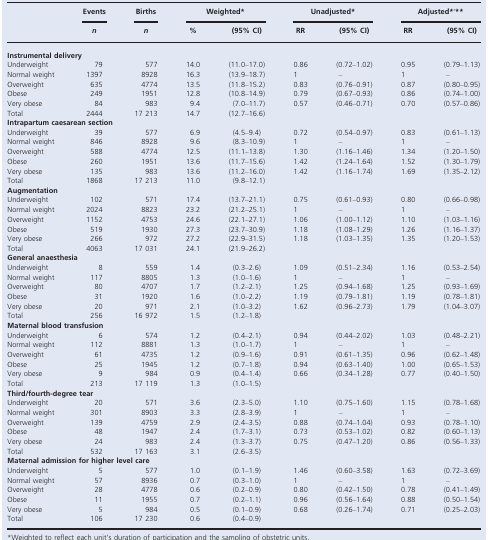
<table><thead><tr><td></td><td><b>Events</b></td><td><b>Births</b></td><td colspan="2"><b>Weighted*</b></td><td colspan="2"><b>Unadjusted*</b></td><td colspan="2"><b>Adjusted*,**</b></td></tr><tr><td></td><td><b><i>n</i></b></td><td><b><i>n</i></b></td><td><b>%</b></td><td><b>(95% CI)</b></td><td><b>RR</b></td><td><b>(95% CI)</b></td><td><b>RR</b></td><td><b>(95% CI)</b></td></tr></thead><tbody><tr><td colspan="9"><b>Instrumental delivery</b></td></tr><tr><td>Underweight</td><td>79</td><td>577</td><td>14.0</td><td>(11.0–17.0)</td><td>0.86</td><td>(0.72–1.02)</td><td>0.95</td><td>(0.79–1.13)</td></tr><tr><td>Normal weight</td><td>1397</td><td>8928</td><td>16.3</td><td>(13.9–18.7)</td><td>1</td><td>–</td><td>1</td><td>–</td></tr><tr><td>Overweight</td><td>635</td><td>4774</td><td>13.5</td><td>(11.8–15.2)</td><td>0.83</td><td>(0.76–0.91)</td><td>0.87</td><td>(0.80–0.95)</td></tr><tr><td>Obese</td><td>249</td><td>1951</td><td>12.8</td><td>(10.8–14.9)</td><td>0.79</td><td>(0.67–0.93)</td><td>0.86</td><td>(0.74–1.00)</td></tr><tr><td>Very obese</td><td>84</td><td>983</td><td>9.4</td><td>(7.0–11.7)</td><td>0.57</td><td>(0.46–0.71)</td><td>0.70</td><td>(0.57–0.86)</td></tr><tr><td>Total</td><td>2444</td><td>17 213</td><td>14.7</td><td>(12.7–16.6)</td><td></td><td></td><td></td><td></td></tr><tr><td colspan="9"><b>Intrapartum caesarean section</b></td></tr><tr><td>Underweight</td><td>39</td><td>577</td><td>6.9</td><td>(4.5–9.4)</td><td>0.72</td><td>(0.54–0.97)</td><td>0.83</td><td>(0.61–1.13)</td></tr><tr><td>Normal weight</td><td>846</td><td>8928</td><td>9.6</td><td>(8.3–10.9)</td><td>1</td><td>–</td><td>1</td><td>–</td></tr><tr><td>Overweight</td><td>588</td><td>4774</td><td>12.5</td><td>(11.1–13.8)</td><td>1.30</td><td>(1.16–1.46)</td><td>1.34</td><td>(1.20–1.50)</td></tr><tr><td>Obese</td><td>260</td><td>1951</td><td>13.6</td><td>(11.7–15.6)</td><td>1.42</td><td>(1.24–1.64)</td><td>1.52</td><td>(1.30–1.79)</td></tr><tr><td>Very obese</td><td>135</td><td>983</td><td>13.6</td><td>(11.2–16.0)</td><td>1.42</td><td>(1.16–1.74)</td><td>1.69</td><td>(1.35–2.12)</td></tr><tr><td>Total</td><td>1868</td><td>17 213</td><td>11.0</td><td>(9.8–12.1)</td><td></td><td></td><td></td><td></td></tr><tr><td colspan="9"><b>Augmentation</b></td></tr><tr><td>Underweight</td><td>102</td><td>571</td><td>17.4</td><td>(13.7–21.1)</td><td>0.75</td><td>(0.61–0.93)</td><td>0.80</td><td>(0.66–0.98)</td></tr><tr><td>Normal weight</td><td>2024</td><td>8823</td><td>23.2</td><td>(21.2–25.1)</td><td>1</td><td>–</td><td>1</td><td>–</td></tr><tr><td>Overweight</td><td>1152</td><td>4753</td><td>24.6</td><td>(22.1–27.1)</td><td>1.06</td><td>(1.00–1.12)</td><td>1.10</td><td>(1.03–1.16)</td></tr><tr><td>Obese</td><td>519</td><td>1930</td><td>27.3</td><td>(23.7–30.9)</td><td>1.18</td><td>(1.08–1.29)</td><td>1.26</td><td>(1.16–1.37)</td></tr><tr><td>Very obese</td><td>266</td><td>972</td><td>27.2</td><td>(22.9–31.5)</td><td>1.18</td><td>(1.03–1.35)</td><td>1.35</td><td>(1.20–1.53)</td></tr><tr><td>Total</td><td>4063</td><td>17 031</td><td>24.1</td><td>(21.9–26.2)</td><td></td><td></td><td></td><td></td></tr><tr><td colspan="9"><b>General anaesthesia</b></td></tr><tr><td>Underweight</td><td>8</td><td>559</td><td>1.4</td><td>(0.3–2.6)</td><td>1.09</td><td>(0.51–2.34)</td><td>1.16</td><td>(0.53–2.54)</td></tr><tr><td>Normal weight</td><td>117</td><td>8805</td><td>1.3</td><td>(1.0–1.6)</td><td>1</td><td>–</td><td>1</td><td>–</td></tr><tr><td>Overweight</td><td>80</td><td>4707</td><td>1.7</td><td>(1.2–2.1)</td><td>1.25</td><td>(0.94–1.68)</td><td>1.25</td><td>(0.93–1.69)</td></tr><tr><td>Obese</td><td>31</td><td>1920</td><td>1.6</td><td>(1.0–2.2)</td><td>1.19</td><td>(0.79–1.81)</td><td>1.19</td><td>(0.78–1.81)</td></tr><tr><td>Very obese</td><td>20</td><td>971</td><td>2.1</td><td>(1.0–3.2)</td><td>1.62</td><td>(0.96–2.73)</td><td>1.79</td><td>(1.04–3.07)</td></tr><tr><td>Total</td><td>256</td><td>16 972</td><td>1.5</td><td>(1.2–1.8)</td><td></td><td></td><td></td><td></td></tr><tr><td colspan="9"><b>Maternal blood transfusion</b></td></tr><tr><td>Underweight</td><td>6</td><td>574</td><td>1.2</td><td>(0.4–2.1)</td><td>0.94</td><td>(0.44–2.02)</td><td>1.03</td><td>(0.48–2.21)</td></tr><tr><td>Normal weight</td><td>112</td><td>8881</td><td>1.3</td><td>(1.0–1.7)</td><td>1</td><td>–</td><td>1</td><td>–</td></tr><tr><td>Overweight</td><td>61</td><td>4735</td><td>1.2</td><td>(0.9–1.6)</td><td>0.91</td><td>(0.61–1.35)</td><td>0.96</td><td>(0.62–1.48)</td></tr><tr><td>Obese</td><td>25</td><td>1945</td><td>1.2</td><td>(0.7–1.8)</td><td>0.94</td><td>(0.63–1.40)</td><td>1.00</td><td>(0.65–1.53)</td></tr><tr><td>Very obese</td><td>9</td><td>984</td><td>0.9</td><td>(0.4–1.4)</td><td>0.66</td><td>(0.34–1.28)</td><td>0.77</td><td>(0.40–1.50)</td></tr><tr><td>Total</td><td>213</td><td>17 119</td><td>1.3</td><td>(1.0–1.5)</td><td></td><td></td><td></td><td></td></tr><tr><td colspan="9"><b>Third/fourth-degree tear</b></td></tr><tr><td>Underweight</td><td>20</td><td>571</td><td>3.6</td><td>(2.3–5.0)</td><td>1.10</td><td>(0.75–1.60)</td><td>1.15</td><td>(0.78–1.68)</td></tr><tr><td>Normal weight</td><td>301</td><td>8903</td><td>3.3</td><td>(2.8–3.9)</td><td>1</td><td>–</td><td>1</td><td>–</td></tr><tr><td>Overweight</td><td>139</td><td>4759</td><td>2.9</td><td>(2.4–3.5)</td><td>0.88</td><td>(0.74–1.04)</td><td>0.93</td><td>(0.78–1.10)</td></tr><tr><td>Obese</td><td>48</td><td>1947</td><td>2.4</td><td>(1.7–3.1)</td><td>0.73</td><td>(0.53–1.02)</td><td>0.82</td><td>(0.60–1.13)</td></tr><tr><td>Very obese</td><td>24</td><td>983</td><td>2.4</td><td>(1.3–3.7)</td><td>0.75</td><td>(0.47–1.20)</td><td>0.86</td><td>(0.56–1.33)</td></tr><tr><td>Total</td><td>532</td><td>17 163</td><td>3.1</td><td>(2.6–3.5)</td><td></td><td></td><td></td><td></td></tr><tr><td colspan="9"><b>Maternal admission for higher level care</b></td></tr><tr><td>Underweight</td><td>5</td><td>577</td><td>1.0</td><td>(0.1–1.9)</td><td>1.46</td><td>(0.60–3.58)</td><td>1.63</td><td>(0.72–3.69)</td></tr><tr><td>Normal weight</td><td>57</td><td>8936</td><td>0.7</td><td>(0.3–1.0)</td><td>1</td><td>–</td><td>1</td><td>–</td></tr><tr><td>Overweight</td><td>28</td><td>4778</td><td>0.6</td><td>(0.2–0.9)</td><td>0.80</td><td>(0.42–1.50)</td><td>0.78</td><td>(0.41–1.49)</td></tr><tr><td>Obese</td><td>11</td><td>1955</td><td>0.7</td><td>(0.2–1.1)</td><td>0.96</td><td>(0.56–1.64)</td><td>0.88</td><td>(0.50–1.54)</td></tr><tr><td>Very obese</td><td>5</td><td>984</td><td>0.5</td><td>(0.1–0.9)</td><td>0.68</td><td>(0.26–1.74)</td><td>0.71</td><td>(0.25–2.03)</td></tr><tr><td>Total</td><td>106</td><td>17 230</td><td>0.6</td><td>(0.4–0.9)</td><td></td><td></td><td></td><td></td></tr></tbody></table>